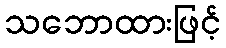
သဘောထားဖြင့်